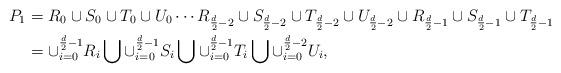
LaTeX: \begin{align*}P_1& =R_0\cup S_0\cup T_0 \cup U_0\cdots R_{\frac{d}{2}-2}\cup S_{\frac{d}{2}-2}\cup T_{\frac{d}{2}-2} \cup U_{\frac{d}{2}-2} \cup R_{\frac{d}{2}-1}\cup S_{\frac{d}{2}-1}\cup T_{\frac{d}{2}-1}\\& = \cup_{i=0}^{\frac{d}{2}-1}R_i\bigcup \cup_{i=0}^{\frac{d}{2}-1}S_i\bigcup \cup_{i=0}^{\frac{d}{2}-1}T_i\bigcup \cup_{i=0}^{\frac{d}{2}-2}U_i,\end{align*}